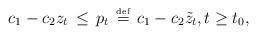
LaTeX: \begin{align*}c_1-c_2 z_t\,\le\,p_t\,\stackrel{\mbox{\tiny def}}{=}\,c_1-c_2\tilde{z}_t,t\ge t_0,\end{align*}